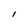
Character: l